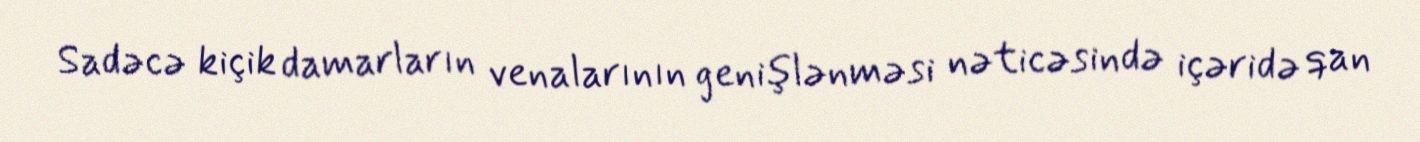
Sadəcə kiçik damarların venalarının genişlənməsi nəticəsində içəridə qan